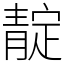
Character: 靛